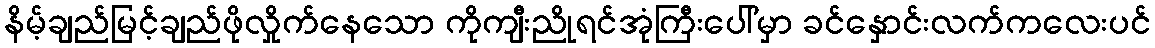
နိမ့်ချည်မြင့်ချည်ဖိုလှိုက်နေသော ကိုကျီးညိုရင်အုံကြီးပေါ်မှာ ခင်နှောင်းလက်ကလေးပင်